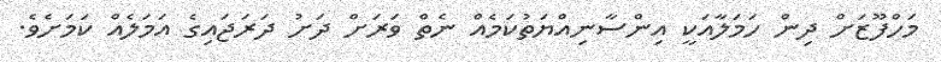
މަހްފޫޒަށް ދިން ހަމަލާއަކީ އިންސާނިއްޔަތުކަމެއް ނެތް ވަރަށް ދަށު ދަރަޖައިގެ އަމަލެއް ކަމަށެވެ.